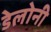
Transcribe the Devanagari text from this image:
डेलोनी